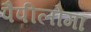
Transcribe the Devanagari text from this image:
पैपीलोमा